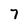
Character: 7